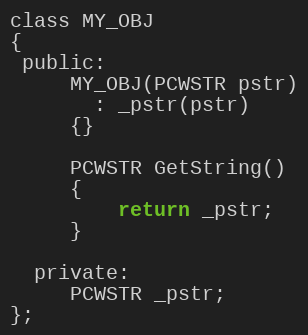
Language: C
class MY_OBJ
{
 public:
     MY_OBJ(PCWSTR pstr)
       : _pstr(pstr)
     {}

     PCWSTR GetString()
     {
         return _pstr;
     }

  private:
     PCWSTR _pstr;
};